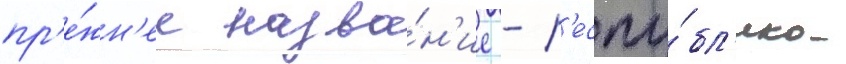
пр'е́жн'ее назва́н'ие - р'еспу́бл'ика